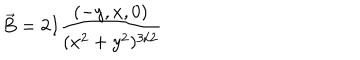
\vec { B } = 2 I \frac { ( - y , x , 0 ) } { ( x ^ { 2 } + y ^ { 2 } ) ^ { 3 / 2 } }